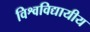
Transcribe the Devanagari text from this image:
विश्वविद्यायीय